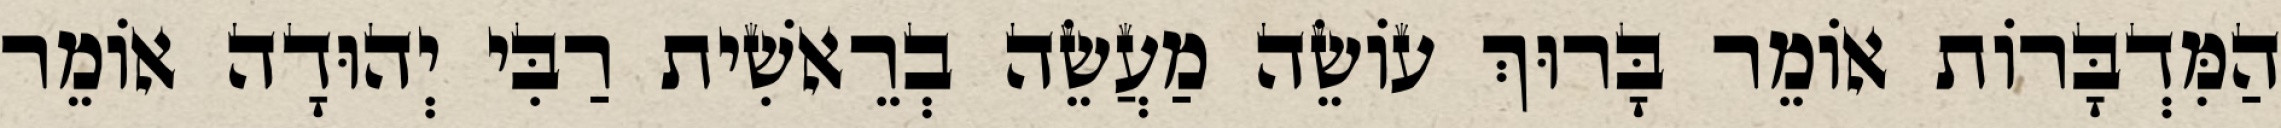
הַמִּדְבָּרוֹת אוֹמֵר בָּרוּךְ עוֹשֵׂה מַעֲשֵׂה בְרֵאשִׁית רַבִּי יְהוּדָה אוֹמֵר